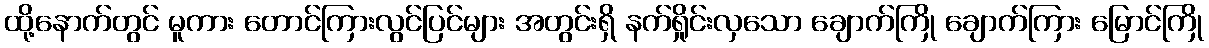
ထို့နောက်တွင် မူကား တောင်ကြားလွင်ပြင်များ အတွင်းရှိ နက်ရှိုင်းလှသော ချောက်ကြို ချောက်ကြား မြောင်ကြို